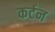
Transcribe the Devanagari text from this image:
कर्टन